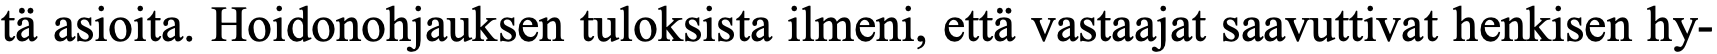
tä asioita. Hoidonohjauksen tuloksista ilmeni, että vastaajat saavuttivat henkisen hy-